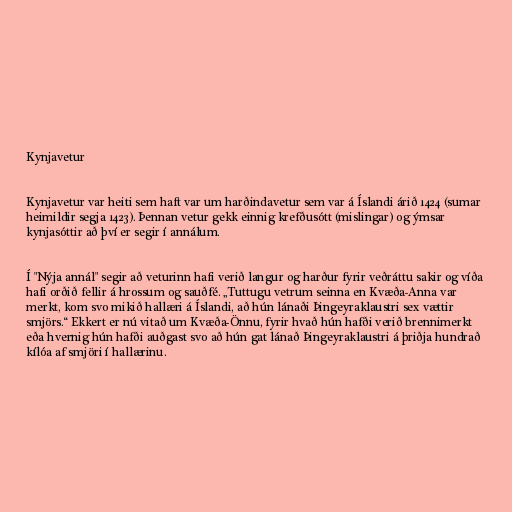
Kynjavetur

Kynjavetur var heiti sem haft var um harðindavetur sem var á Íslandi árið 1424 (sumar
heimildir segja 1423). Þennan vetur gekk einnig krefðusótt (mislingar) og ýmsar
kynjasóttir að því er segir í annálum.

Í "Nýja annál" segir að veturinn hafi verið langur og harður fyrir veðráttu sakir og víða
hafi orðið fellir á hrossum og sauðfé. „Tuttugu vetrum seinna en Kvæða-Anna var
merkt, kom svo mikið hallæri á Íslandi, að hún lánaði Þingeyraklaustri sex vættir
smjörs.“ Ekkert er nú vitað um Kvæða-Önnu, fyrir hvað hún hafði verið brennimerkt
eða hvernig hún hafði auðgast svo að hún gat lánað Þingeyraklaustri á þriðja hundrað
kílóa af smjöri í hallærinu.